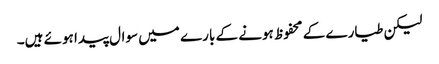
لیکن طیارے کے محفوظ ہونے کے بارے میں سوال پیدا ہوئے ہیں۔